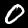
Label: 0